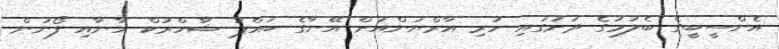
އެންސީބީގެ ބެލުމުގެ ދަށުގައި ހުރި އާރްޔަންއަށް އޭނާގެ ބައްޕަ ޝާހްރުކް ހާނާއި ފޯނުން